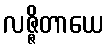
လဇ္ဇိတာယေ